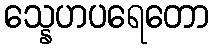
သ္နေဟပရေတော